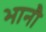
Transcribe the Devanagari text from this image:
भानौ